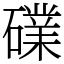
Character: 礏